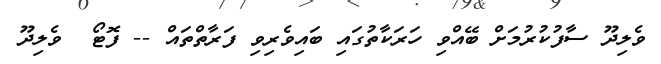
ވެލިދޫ ސާފުކުރުމަށް ބޭއްވި ހަރަކާތުގައި ބައިވެރިވި ފަރާތްތައް -- ފޮޓޯ  ވެލިދޫ